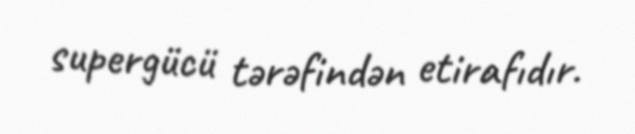
supergücü tərəfindən etirafıdır.